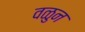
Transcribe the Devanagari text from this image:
वळुन